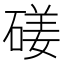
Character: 𥔣